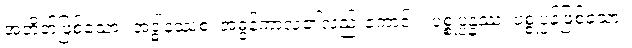
အတိတ်ဖြစ်သော။ အဒ္ဓါနဿစ၊ အဓွန့်ကာလ၏လည်းကောင်း။ ပစ္စုပ္ပန္နဿ၊ ပစ္စုပ္ပန်ဖြစ်သော။